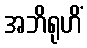
အဘိရုဟိံ